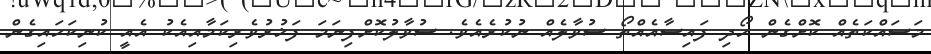
މަސައްކަތެއް ކޮށްގެން ހޯދި ފައިސާއެއްތޯ ސުވާލެއް ނުކުރެއެވެ. ސުވާލުކޮށްފިނަމަ ފަޚުރުވެރިކަމާއިއެކު އެއީ ކުނިކަހައިގެން